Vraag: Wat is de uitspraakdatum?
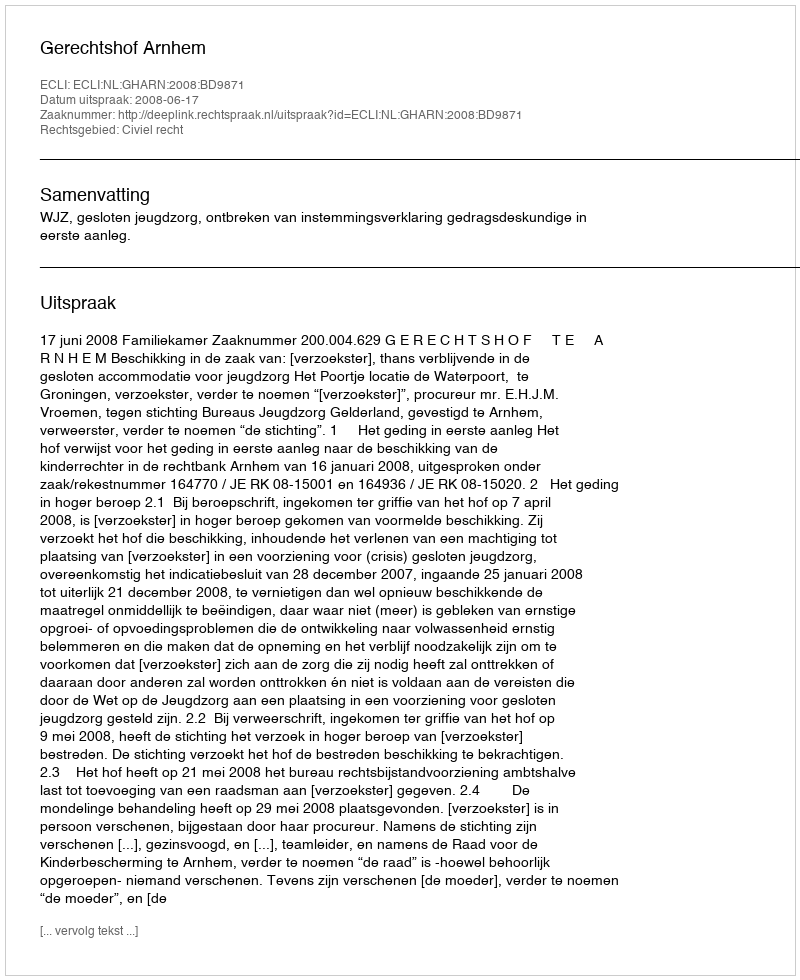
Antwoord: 2008-06-17